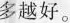
多越好。